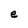
Character: e